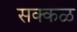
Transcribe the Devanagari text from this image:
सक्‍कळ